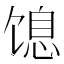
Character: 𬳋